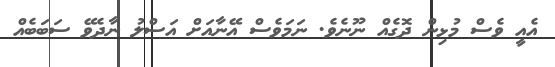
އެއީ ވެސް މުޅިން ދޮގެއް ނޫނެވެ. ނަމަވެސް އޭނާއަށް އަސްލު ނާދެވޭ ސަބަބެއް